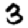
Digit: 3